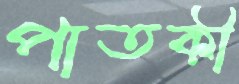
পাতকী